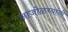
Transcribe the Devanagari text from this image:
आजोळच्यांनी